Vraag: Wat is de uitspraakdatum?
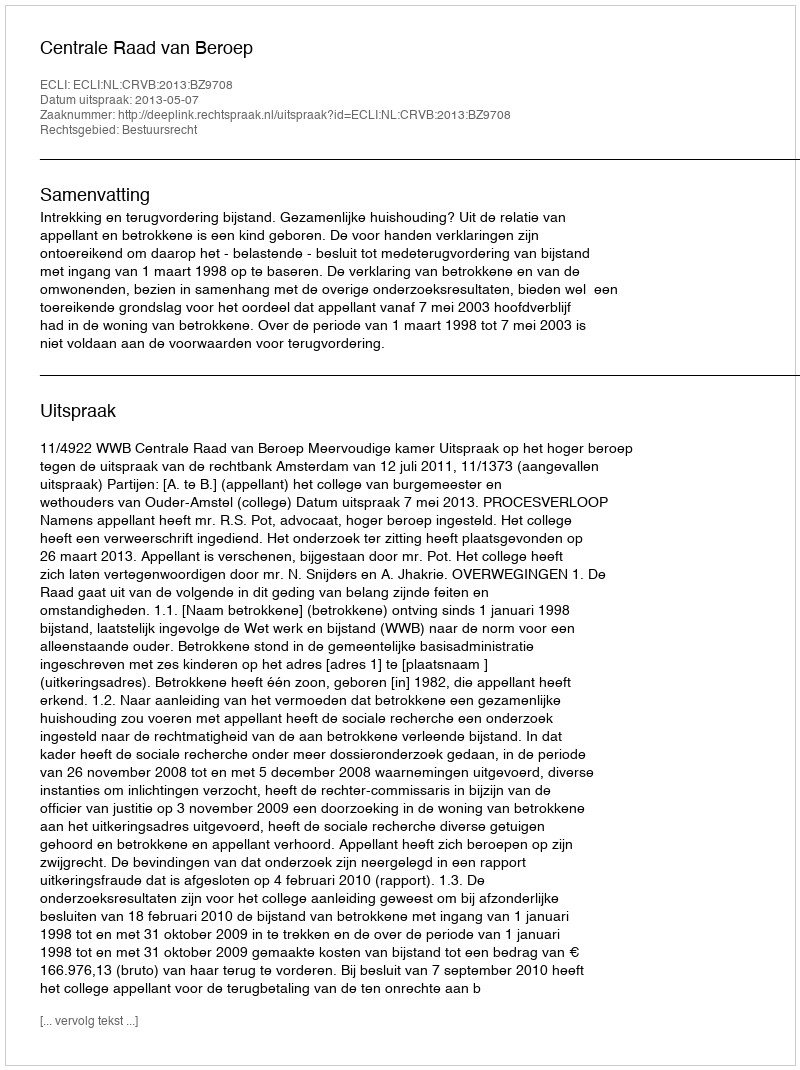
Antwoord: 2013-05-07